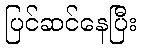
ပြင်ဆင်နေပြီး